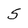
Character: 5